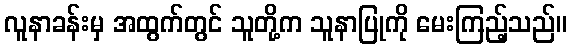
လူနာခန်းမှ အထွက်တွင် သူတို့က သူနာပြုကို မေးကြည့်သည်။